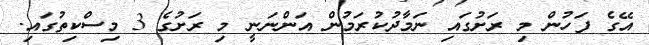
އޭގެ ފަހުން މި ރަށުގައި ނަމާދުކުރަމުން އަންނަނީ މި ރަށުގެ 3 މިސްކިތުގައި.